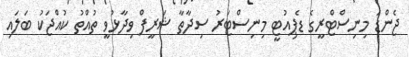
ޖެންޑަ މިނިސްޓްރީގެ ޑެޕިއުޓީ މިނިސްޓަރު ސިދާތާ ޝަރީފް ވިދާޅުވީ ތުއްތު ކުއްޖަކު ބަލައި